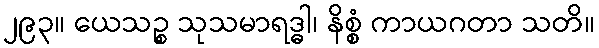
၂၉၃။ ယေသဉ္စ သုသမာရဒ္ဓါ၊ နိစ္စံ ကာယဂတာ သတိ။